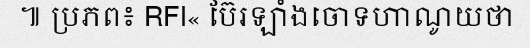
៕ ប្រភព៖ RFI« ប៊ែរឡាំងចោទហាណូយថា